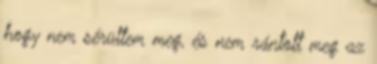
hogy nem sérültem meg, és nem rántott meg az